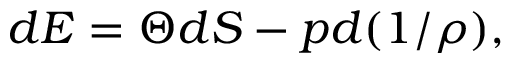
d E = \Theta d S - p d ( 1 / \rho ) ,